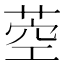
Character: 𦱇